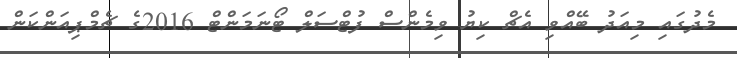
މެދުގައި މިއަދު ބޭއްވި އެޗް ކިޔު ވިމެންސް ފުޓްސަލް ޓޯނަމަންޓް 2016ގެ ޗެމްޕިއަންކަން